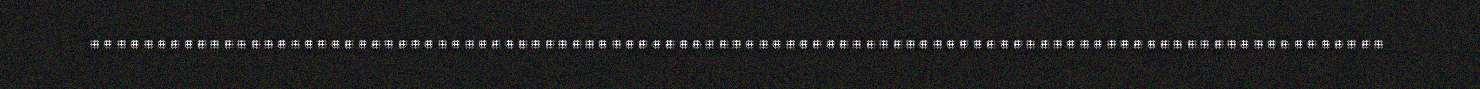
.................................................................................................